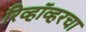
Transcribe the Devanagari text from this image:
रिव्हॉव्हरचा